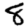
Digit: 8